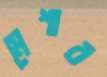
মেশাব